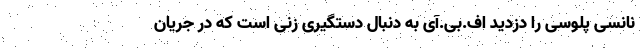
نانسی پلوسی را دزدید اف.بی.آی به دنبال دستگیری زنی است که در جریان